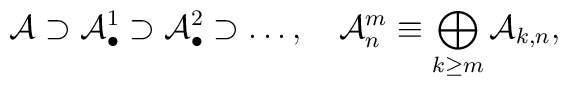
{\cal A}\supset {\cal A}_{\bullet }^1\supset {\cal A}_{\bullet }^2\supset\ldots ,\quad {\cal A}_n^m\equiv \bigoplus\limits_{k\geq m}{\cal A}_{k,n},